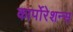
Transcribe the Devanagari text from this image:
कार्पोरेशन्स